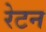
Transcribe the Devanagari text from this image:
रेटन